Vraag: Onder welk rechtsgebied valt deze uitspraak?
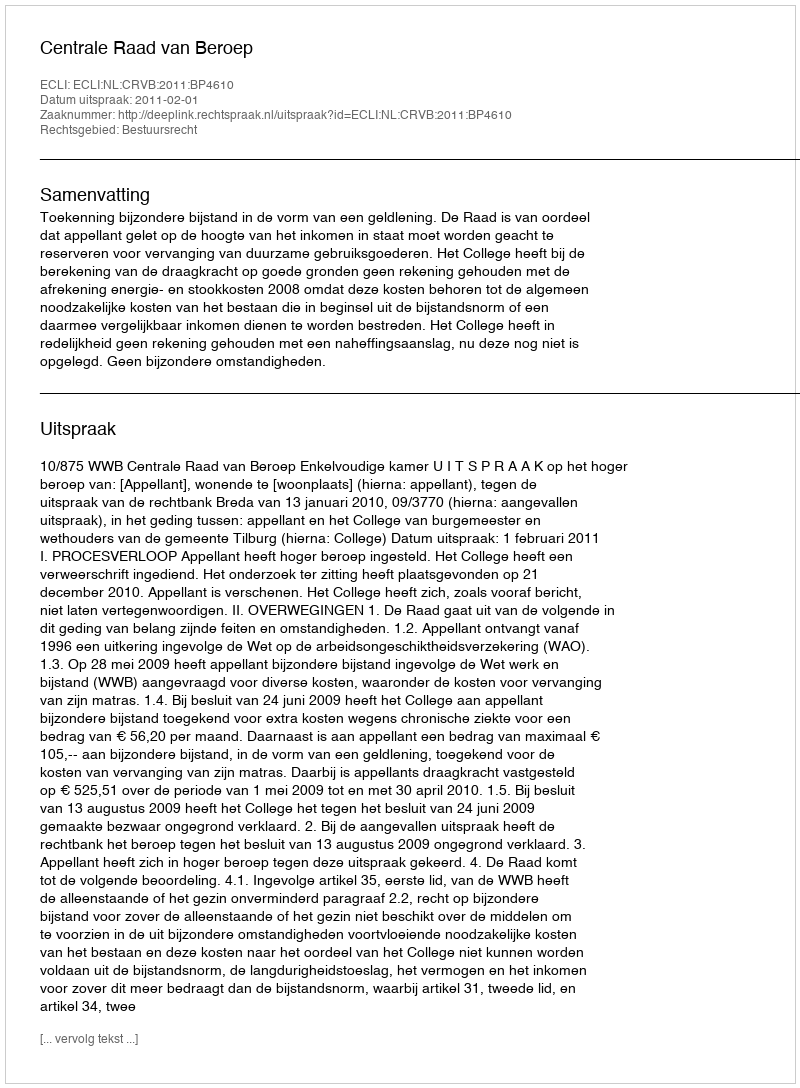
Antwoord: Bestuursrecht